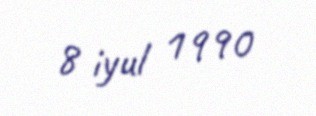
8 iyul 1990